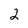
Character: 2